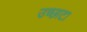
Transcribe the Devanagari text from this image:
उच्छाटा